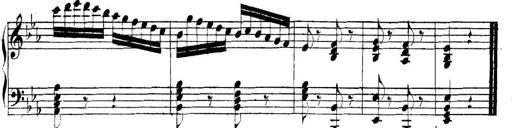
Title: Collected Piano Sonatas
Composer: Muzio Clementi